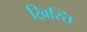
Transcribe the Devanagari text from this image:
ख्रिस्ति